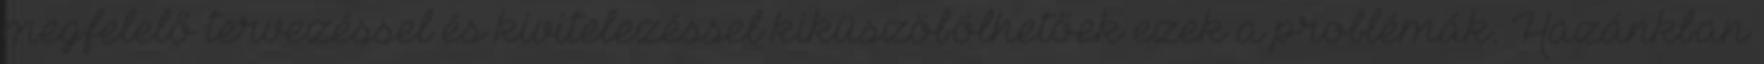
megfelelő tervezéssel és kivitelezéssel kiküszöbölhetőek ezek a problémák. Hazánkban